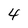
Character: 4